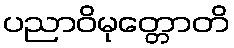
ပညာဝိမုတ္တောတိ